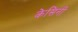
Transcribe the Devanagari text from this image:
केसिनी